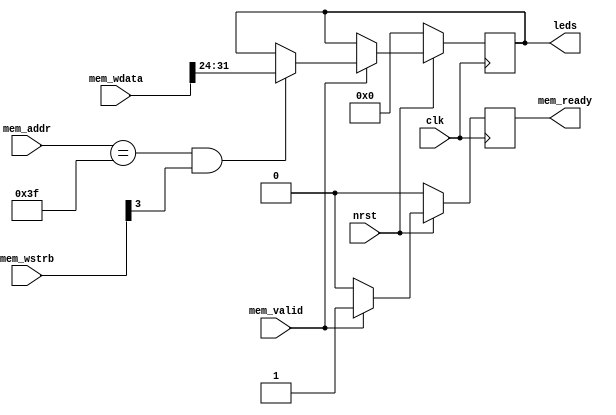
module debugleds(
    input 	     mem_valid,
    output reg 	     mem_ready,
    input [5:0]      mem_addr,
    input [31:0]     mem_wdata,
    input [ 3:0]     mem_wstrb,
    input 	     clk,
    input 	     nrst,
    output reg [7:0] leds
);

   always @(posedge clk) begin
      if (!nrst) begin
	 leds <= 8'b00000000;
	 mem_ready <= 1'b0;
      end else begin
	 if (mem_valid) begin
	    if ((mem_addr == 6'h3f) & mem_wstrb[3])
	      leds <= mem_wdata[31:24];
	    mem_ready <= 1'b1;
	 end else
	   mem_ready <= 1'b0;
      end
   end // always @ (posedge clk)

endmodule